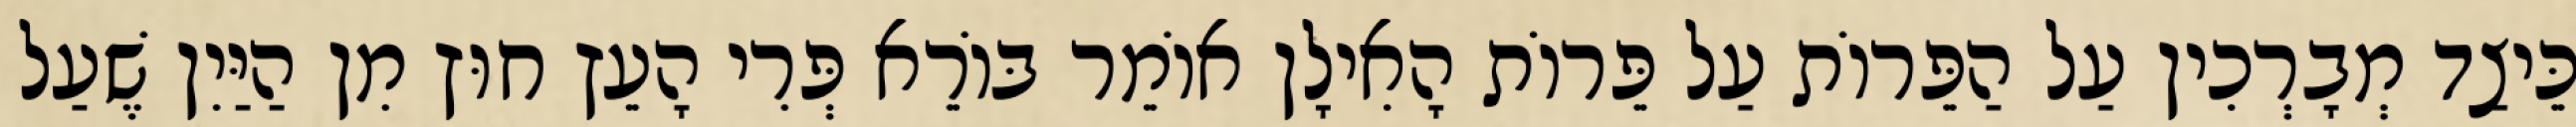
כֵּיצַד מְבָרְכִין עַל הַפֵּרוֹת עַל פֵּרוֹת הָאִילָן אוֹמֵר בּוֹרֵא פְּרִי הָעֵץ חוּץ מִן הַיַּיִן שֶׁעַל